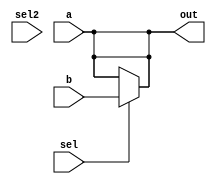
/**
     5.8 2  1 
    12,13,17
*/

module MUX21_2(out,a,b,sel,sel2);
input a,b,sel,sel2;
output out;
reg out;
always@(a or b or sel)
    begin
    if(sel==0) out=a; //
    else out=b;
    end
always@(sel2)
    begin
        out=a;
    end
endmodule